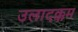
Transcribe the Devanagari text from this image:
उलादक्कम